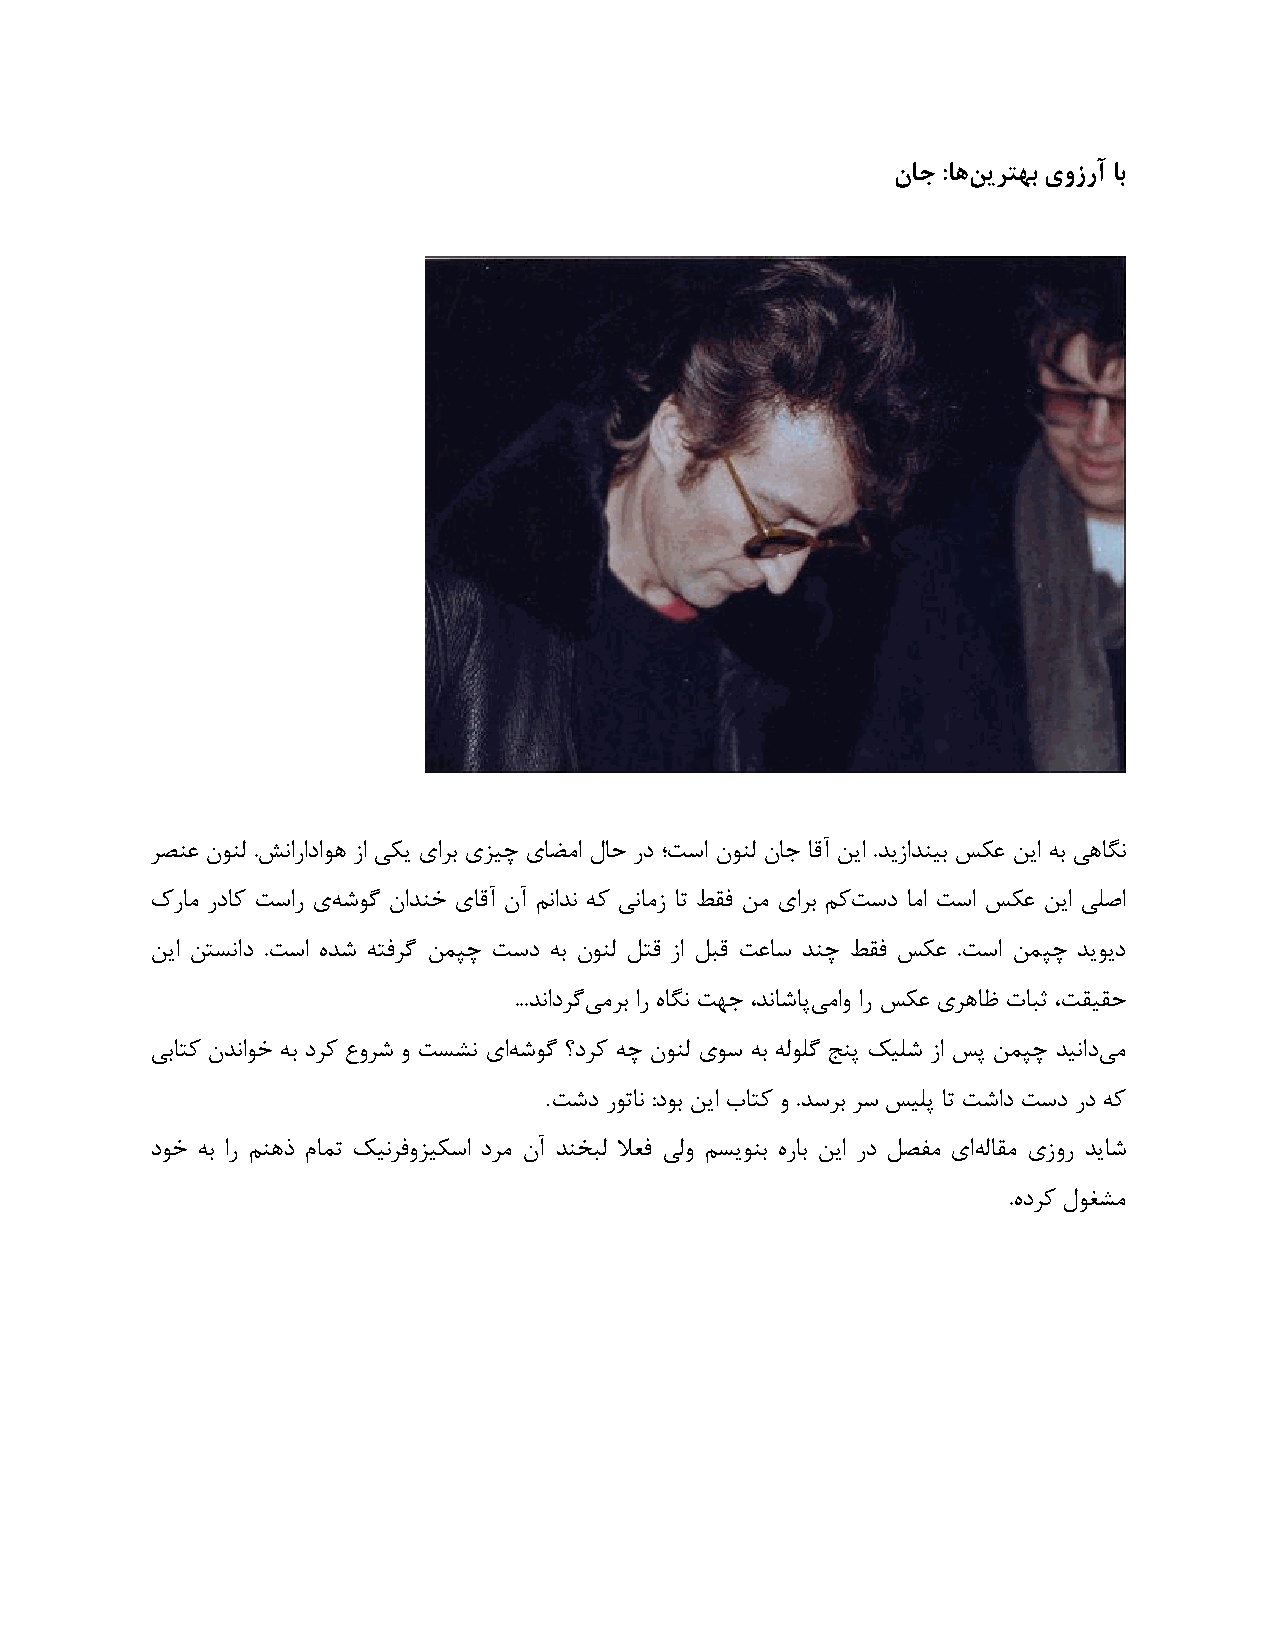
ىاج :اّي ٗشتْت ٍٕصسآ ات
 لٜٔػ ٜٙٞٓ .َٛاكاؿاٞ١ ما یٌی یالث ینیص یب٘ٗا ّبع كؿ ؛تًا ٜٙٞٓ ٙبر بهآ ٚیا .ـیماـٜیث يٌػ ٚیا ٠ث ی١بِٛ
 ىكبٗ كؿبً تًاك ی٠ ُُٞ ٙاـٜؽ یبهآ ٙآ ٖٛاـٛ ٠ً یٛبٗم بت ٚوك ٚٗ یالث ًٖت ًؿ بٗا تًا يٌػ ٚیا یٔٓا
 ٚیا ٚتٌٛاؿ .تًا ٟـُ ٠تكلُ ٚ٘پص تًؿ ٠ث ٜٙٞٓ ْته ما ْجه تػبً ـٜص ٚوك يٌػ .تًا ٚ٘پص ـیٞیؿ
 ...ـٛاؿلُی ٗلث اك ٟبِٛ ت٢ر ،ـٛبُبپی ٗاٝ اك يٌػ یل١بظ تبجح ،تویوع
 یثبتً ٙـٛاٞؽ ٠ث ؿلً عٝلُ ٝ تٌِٛ یا٠ ُُٞ ؟ؿلً ٠ص ٜٙٞٓ یًٞ ٠ث ٠ُٓٞٔ ذٜپ يیُٔ ما يپ ٚ٘پص ـیٛاؿی ٗ
 .
 تُؿ كٞتبٛ :ؿٞث ٚیا ةبتً ٝ .ـًلث لً يیٔپ بت تُاؿ تًؿ كؿ ٠ً
 ؿٞؽ ٠ث اك ٖٜ١ف ٕب٘ت يیٛلكٝنیًٌا ؿلٗ ٙآ ـٜؾجٓ لاؼك یٓٝ ٌٖیٜٞث ٟكبث ٚیا كؿ ْٔلٗ یا٠ ٓبوٗ یمٝك ـیبُ
 .ٟؿلً ّٞـِٗ